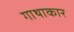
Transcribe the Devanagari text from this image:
गाथाकार